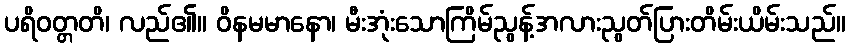
ပရိဝတ္တတိ၊ လည်၏။ ဝိနမမာနော၊ မီးအုံးသောကြိမ်ညွန့်အလားညွတ်ပြားတိမ်းယိမ်းသည်။